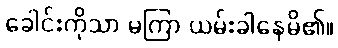
ခေါင်းကိုသာ မကြာ ယမ်းခါနေမိ၏။